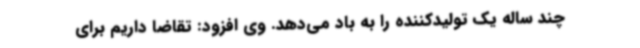
چند ساله یک تولیدکننده را به باد می‌دهد. وی افزود: تقاضا داریم برای